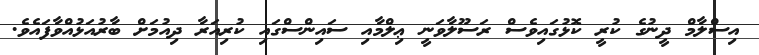
އިސްލާމް ދީނުގެ ކުރީ ކޮޅުގައިވެސް ރަސޫލާވަނީ ޢިލްމާއި ސައިންސްގައި ކުރިއަރާ ދިއުމަށް ބާރުއަޅުއްވާފައެވެ.